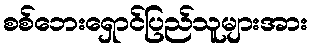
စစ်ဘေးရှောင်ပြည်သူများအား